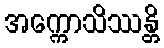
အက္ကောသိဿန္တိ